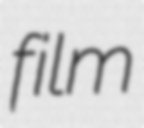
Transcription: film